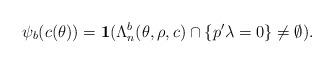
LaTeX: \begin{align*}\psi_b(c(\theta)) = \mathbf{1}(\Lambda_n^b(\theta,\rho,c) \cap \{p'\lambda = 0\}\neq \emptyset).\end{align*}